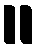
။